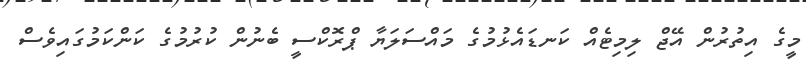
މީގެ އިތުރުން އޭޖް ލިމިޓެއް ކަނޑައެޅުމުގެ މައްސަލަޔާ ޕްރޮކްސީ ބެނުން ކުރުމުގެ ކަންކަމުގައިވެސް